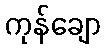
ကုန်ချော